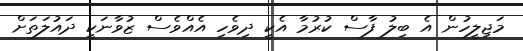
މަޖިލީހުން އެ ބިލު ފާސް ކުރުމާ އެކީ ދިވެހި އެއްވެސް ޒުވާނަކީ ދައުލަތަށް